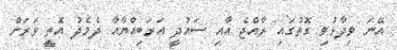
އޭނަ ވިދާޅުވި ގޮތުގައި ރާއްޖެ އާއި ސައުދީ އަރަބިއްޔާއާ ދެމެދު އޮތީ ވަރަށް